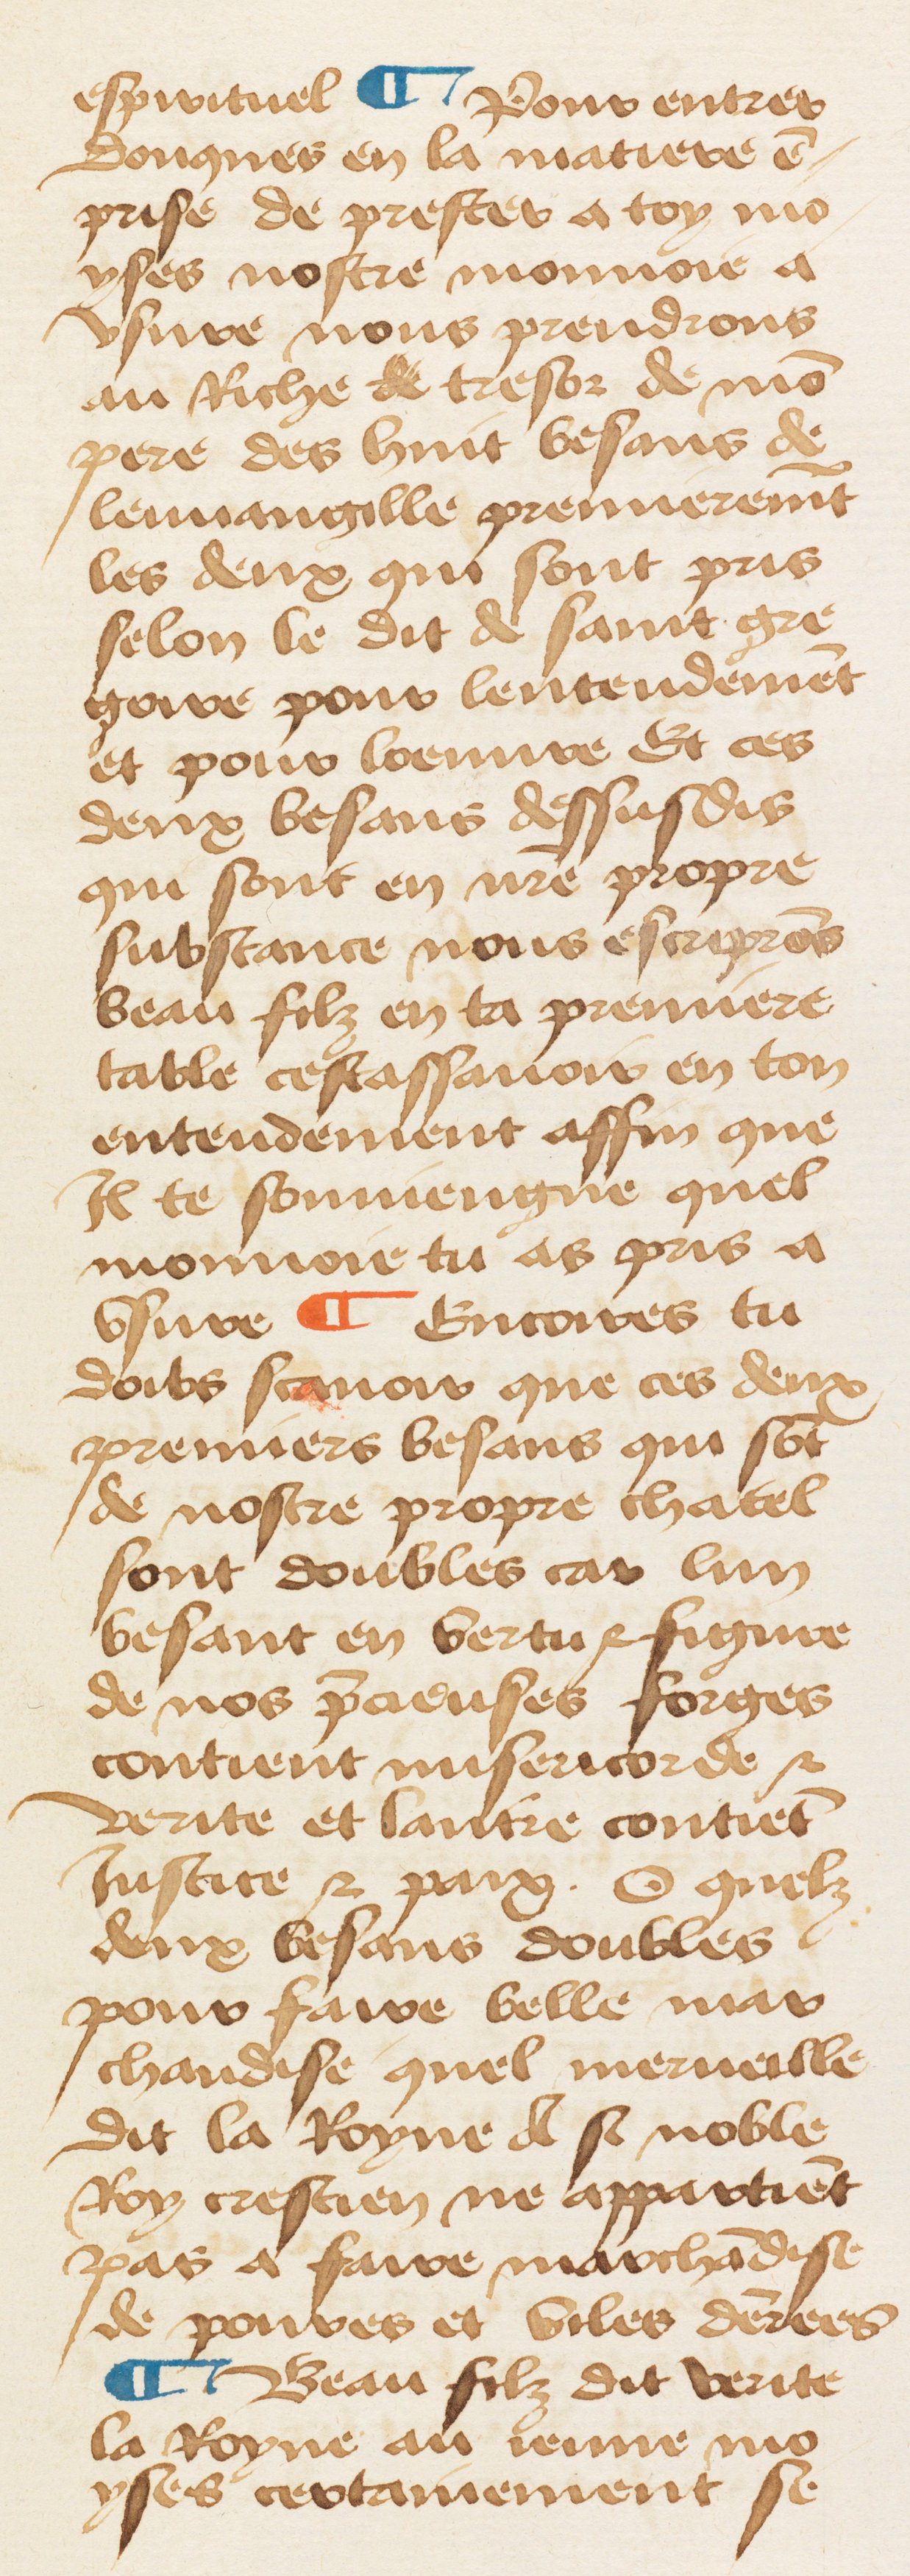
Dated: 1460–1470